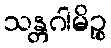
သန္တဂါမိဉ္စ